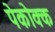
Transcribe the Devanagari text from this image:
पेकोक्क